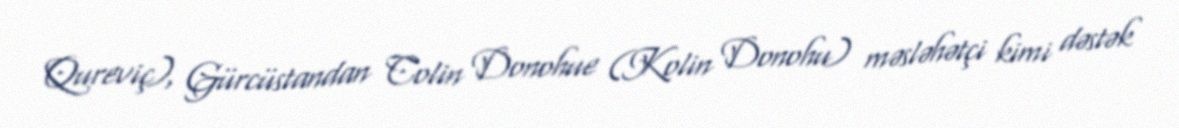
Qureviç), Gürcüstandan Colin Donohue (Kolin Donohu) məsləhətçi kimi dəstək